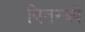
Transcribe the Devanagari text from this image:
वितरको